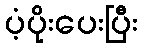
ပံ့ပိုးပေးပြီး